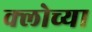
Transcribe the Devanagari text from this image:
क्लोच्या